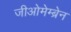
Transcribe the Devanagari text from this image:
जीओमेम्ब्रेन